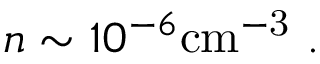
n \sim 1 0 ^ { - 6 } \mathrm { c m ^ { - 3 } } \ .